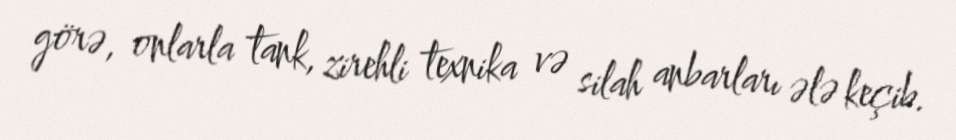
görə, onlarla tank, zirehli texnika və silah anbarları ələ keçib.